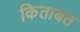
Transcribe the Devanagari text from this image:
किताबत